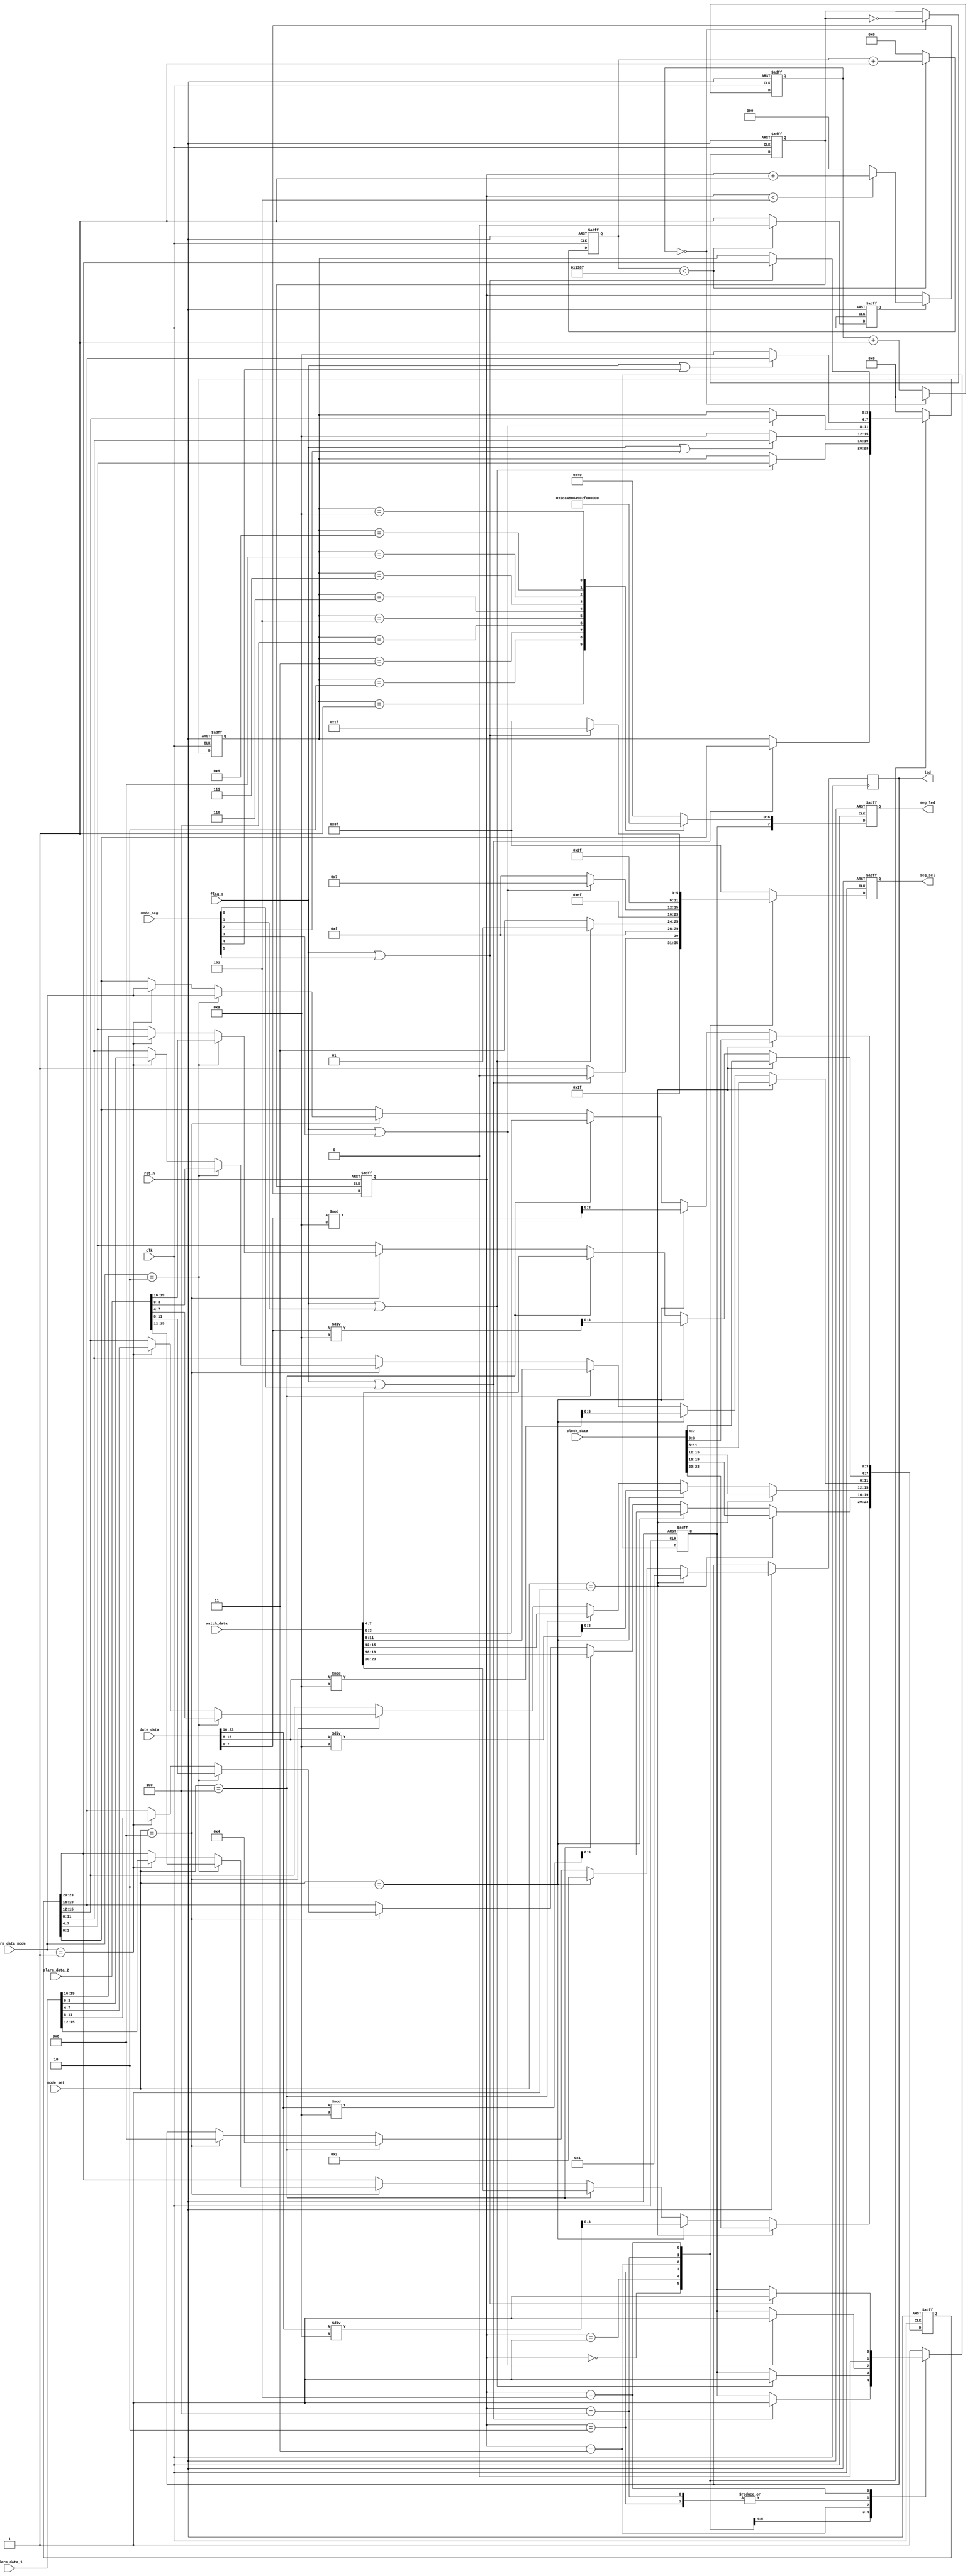
module seg_led(
	input							clk   ,       // 
	input							rst_n ,       // 
	
	/*****************************/
	input			[5:0]					mode_seg,
	input			[3:0]					mode_set,
	input									flag_s,

	/*****************************/
	input			[23:0]				clock_data,  			// 

	/*****************************/
	input			[23:0]				watch_data,
	
	/*****************************/
	input			[23:0]				date_data,
	
	/*****************************/
	input			[19:0]		alarm_data_1,
	input			[19:0]		alarm_data_2,
	input			[3:0]			alarm_data_mode,
	
	/***********************/
	output		reg[5:0]			seg_sel,		//
	output		reg[7:0]			seg_led,		//
	output		reg[3:0]			led
	
);

// parameter define
localparam	MAX_NUM	  = 23'd5000;   //
// reg define
reg		[3:0]					clk_cnt;      // 
reg		[22:0]				cnt0;
reg		[23:0]				num;			  // 24bcd
reg								flag;			  // cnt01s
reg		[2:0]					cnt_sel;		  // 
reg      [3:0]             num_disp;	  // 
reg								dot_disp;     // 

//2028421bcd(41
always@(posedge clk or negedge rst_n) begin
	if(!rst_n)begin
		num <= 24'b0;
	end
	else if(mode_set == 4'b0001)
	begin
		led <= 4'b0001;
		num[23:20] <= clock_data[23:20];
		num[19:16] <= clock_data[19:16];
		num[15:12] <= clock_data[15:12];
		num[11:8]  <= clock_data[11:8];
		num[7:4]   <= clock_data[7:4];
		num[3:0]   <= clock_data[3:0];
	end
	else if(mode_set == 4'b0010)
	begin
		led <= 4'b0010;
		num[23:20] <= date_data[23:16]/8'd10;
		num[19:16] <= date_data[23:16]%8'd10;
		num[15:12] <= date_data[15:8]/8'd10;
		num[11:8]  <= date_data[15:8]%8'd10;
		num[7:4]   <= date_data[7:0]/8'd10;
		num[3:0]   <= date_data[7:0]%8'd10;
	end
	else if(mode_set == 4'b0100)
	begin
		led <= 4'b0100;
		num[23:20] <= watch_data[23:20];
		num[19:16] <= watch_data[19:16];
		num[15:12] <= watch_data[15:12];
		num[11:8]  <= watch_data[11:8];
		num[7:4]   <= watch_data[7:4];
		num[3:0]   <= watch_data[3:0];
	end
	else if(mode_set == 4'b1000)
	begin
		led <= 4'b1000;
		if(alarm_data_mode[3:0] == 4'd1)
		begin
			num[23:20] <= alarm_data_1[15:12];
			num[19:16] <= alarm_data_1[11:8];
			num[15:12] <= alarm_data_1[7:4];
			num[11:8]  <= alarm_data_1[3:0];
			num[7:4]   <= alarm_data_1[19:16];
			num[3:0]   <= alarm_data_mode[3:0];
		end
		if(alarm_data_mode[3:0] == 4'd2)
		begin
			num[23:20] <= alarm_data_2[15:12];
			num[19:16] <= alarm_data_2[11:8];
			num[15:12] <= alarm_data_2[7:4];
			num[11:8]  <= alarm_data_2[3:0];
			num[7:4]   <= alarm_data_2[19:16];
			num[3:0]   <= alarm_data_mode[3:0];
		end
	end
end

//1s
always@(posedge clk or negedge rst_n) begin
	if(!rst_n) begin
		cnt0 <= 23'b0;
		flag <= 1'b0;
	end
	else if(cnt0 < MAX_NUM - 1'b1) begin
		cnt0 <= cnt0 + 1'b1;
		flag <= 1'b0;
	end
	else begin
		cnt0 <= 23'b0;
		flag <= 1'b1;
	end
end

//105MHzdri_clk
reg 				dri_clk;
always @(posedge clk or negedge rst_n) begin
   if(!rst_n) begin
       clk_cnt <= 4'd0;
       dri_clk <= 1'b1;
   end
   else if(clk_cnt == 4'b10/2 - 1'd1) begin
       clk_cnt <= 4'd0;
       dri_clk <= ~dri_clk;
   end
   else begin
       clk_cnt <= clk_cnt + 1'b1;
       dri_clk <= dri_clk;
   end
end

//cnt_sel05
always @ (posedge dri_clk or negedge rst_n) begin
    if (rst_n == 1'b0)
        cnt_sel <= 3'b0;
    else if(flag) begin
        if(cnt_sel < 3'd5)
            cnt_sel <= cnt_sel + 1'b1;
        else
            cnt_sel <= 3'b0;
    end
    else
        cnt_sel <= cnt_sel;
end


//6
always@(posedge clk or negedge rst_n)
begin
	if(!rst_n) 
	begin
		seg_sel  <= 6'b111111;           // 
		num_disp <= 4'b0; 
		dot_disp <= 1'b1;                // 
	end
	else 
	begin
		case (cnt_sel)
			3'd0 :begin
				if(flag_s||mode_seg[0])
				begin
					seg_sel  <= 6'b111110;   //
					num_disp <= num[3:0];   // 
					dot_disp <= 1'b1;
				end
				else seg_sel  <= 6'b111111;
			end
			3'd1 :begin
				if(flag_s||mode_seg[1])
				begin
					seg_sel  <= 6'b111101;  //
					num_disp <= num[7:4];   // 
					dot_disp <= 1'b1;
				end
				else seg_sel  <= 6'b111111;
			end
			3'd2 :begin
				if(flag_s||mode_seg[2])
				begin
					seg_sel  <= 6'b111011;  //
					num_disp <= num[11:8];   // 
					dot_disp <= 1'b0;
				end
				else
				begin
					seg_sel  <= 6'b111011;
					num_disp <= 8'd10;
					dot_disp <= 1'b0;
				end
			end
			3'd3 :begin
				if(flag_s||mode_seg[3])
				begin
					seg_sel  <= 6'b110111;  //
					num_disp <= num[15:12];   // 
					dot_disp <= 1'b1;
				end
				else seg_sel  <= 6'b111111;
			end
			3'd4 :begin
				if(flag_s||mode_seg[4])
				begin
					seg_sel  <= 6'b101111;  //
					num_disp <= num[19:16];   // 
					dot_disp <= 1'b0;
				end
				else
				begin
					seg_sel  <= 6'b101111;
					num_disp <= 8'd10;
					dot_disp <= 1'b0;
				end
			end
			3'd5 :begin
				if(flag_s||mode_seg[5])
				begin
					seg_sel  <= 6'b011111;  //
					num_disp <= num[23:20];   // 
					dot_disp <= 1'b1;
				end 
				else seg_sel  <= 6'b111111;
			end
			default :begin
			  seg_sel  <= 6'b111111;
			  num_disp <= 4'b0;
			  dot_disp <= 1'b1;
			end
		endcase
	end
end

//
always @ (posedge clk or negedge rst_n) begin
    if (!rst_n)begin
        seg_led <= 8'hc0;
	 end 
    else begin
        case (num_disp)
            4'd0 : seg_led <= {dot_disp,7'b1000000}; // 0
            4'd1 : seg_led <= {dot_disp,7'b1111001}; // 1
            4'd2 : seg_led <= {dot_disp,7'b0100100}; // 2
            4'd3 : seg_led <= {dot_disp,7'b0110000}; // 3
            4'd4 : seg_led <= {dot_disp,7'b0011001}; // 4
            4'd5 : seg_led <= {dot_disp,7'b0010010}; // 5
            4'd6 : seg_led <= {dot_disp,7'b0000010}; // 6
            4'd7 : seg_led <= {dot_disp,7'b1111000}; // 7
            4'd8 : seg_led <= {dot_disp,7'b0000000}; // 8
            4'd9 : seg_led <= {dot_disp,7'b0010000}; // 9
				4'd10: seg_led <= {dot_disp,7'b1111111}; // 9
            default: 
						 seg_led <= {dot_disp,7'b1000000};
        endcase
    end
end
endmodule